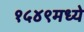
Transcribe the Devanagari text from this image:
१५४९मध्ये